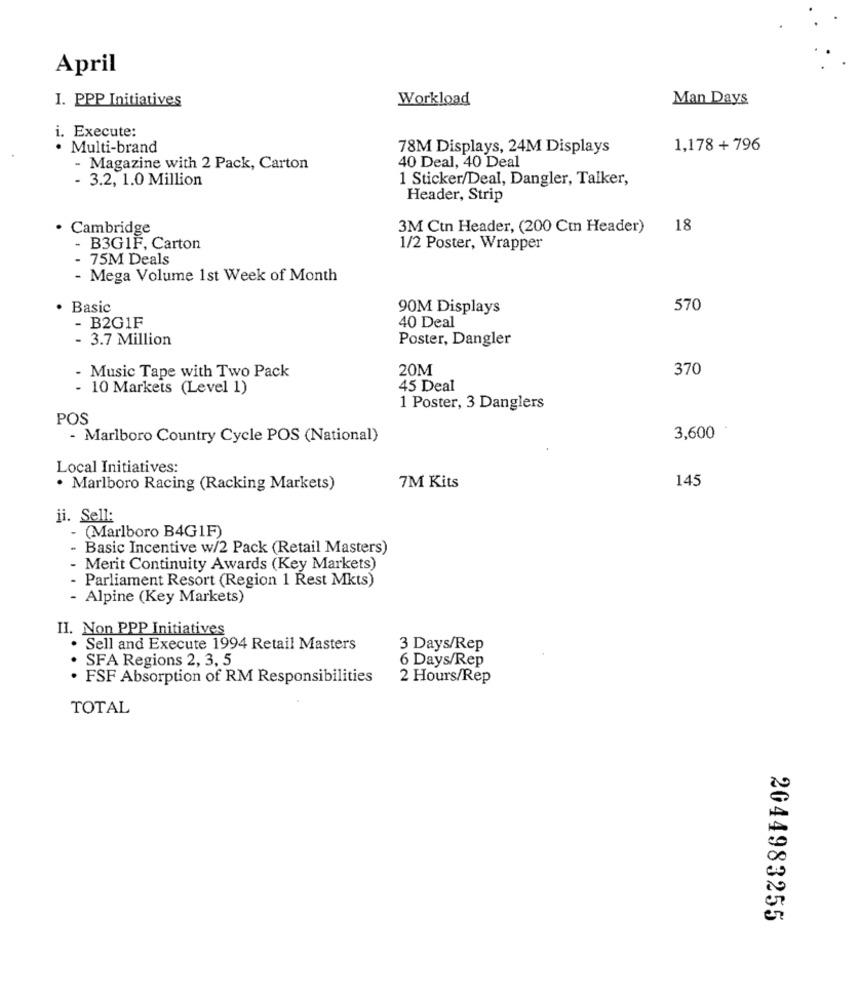
April
I. PPP Initiatives
Workload
Man Days
i. Execute:
· Multi-brand
78M Displays, 24M Displays
1,178 + 796
40 Deal, 40 Deal
- Magazine with 2 Pack, Carton
- 3.2, 1.0 Million
1 Sticker/Deal, Dangler, Talker,
Header, Strip
Cambridge
3M Ctn Header, (200 Cm Header)
18
B3G1F, Carton
1/2 Poster, Wrapper
- 75M Deals
- Mega Volume 1st Week of Month
Basic
90M Displays
570
. B2G1F
40 Deal
- 3.7 Million
Poster, Dangler
20M
370
- Music Tape with Two Pack
- 10 Markets (Level 1)
45 Deal
1 Poster, 3 Danglers
POS
- Marlboro Country Cycle POS (National)
3,600
Local Initiatives:
145
· Marlboro Racing (Racking Markets)
7M Kits
ii. Sell:
(Marlboro B4G1F)
- Basic Incentive w/2 Pack (Retail Masters)
Merit Continuity Awards (Key Markets)
- Parliament Resort (Region 1 Rest Mkts)
- Alpine (Key Markets)
II. Non PPP Initiatives
Sell and Execute 1994 Retail Masters
3 Days/Rep
· SFA Regions 2, 3, 5
6 Days/Rep
· FSF Absorption of RM Responsibilities
2 Hours/Rep
TOTAL
2044983255